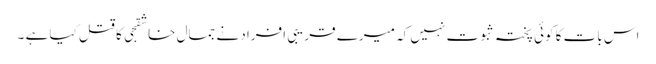
اس بات کا کوئی پختہ ثبوت نہیں کہ میرے قریبی افراد نے جمال خاشقجی کا قتل کیا ہے ۔